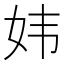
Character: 𫰍